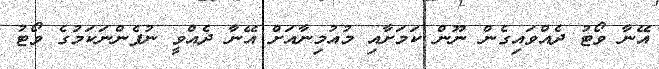
އޭނާ ވޯޓު ދެއްވައިގެން ނޫން ކަމަށާއި މުއުމިނާއަށް އޭނާ ދެއްވީ ނުފެންނަކަމުގެ ވޯޓު